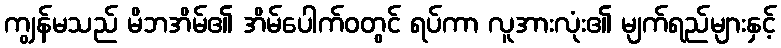
ကျွန်မသည် မိဘအိမ်၏ အိမ်ပေါက်ဝတွင် ရပ်ကာ လူအားလုံး၏ မျက်ရည်များနှင့်